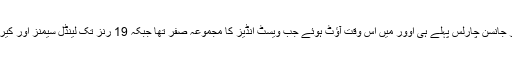
اتنے بڑے ہدف کے تعاقب میں اوپنر جانسن چارلس پہلے ہی اوور میں اس وقت آؤٹ ہوئے جب ویسٹ انڈیز کا مجموعہ صفر تھا جبکہ 19 رنز تک لینڈل سیمنز اور کیرن پاول بھی میدان بدر ہوچکے تھے۔